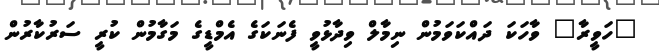
"ހަވީރާ" ވާހަކަ ދައްކަވަމުން ނިމާލް ވިދާޅުވީ ފެނަކަގެ އެމްޑީގެ މަގާމުން ކުރީ ސަރުކާރުން